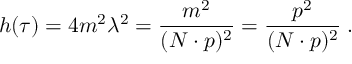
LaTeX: h ( \tau ) = 4 m ^ { 2 } \lambda ^ { 2 } = \frac { m ^ { 2 } } { ( N \cdot p ) ^ { 2 } } = \frac { p ^ { 2 } } { ( N \cdot p ) ^ { 2 } } \; .